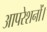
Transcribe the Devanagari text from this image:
आपरेशनों।